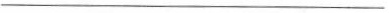
___